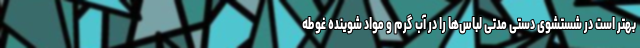
بهتر است در شستشوی دستی مدتی لباس‌ها را در آب گرم و مواد شوینده غوطه